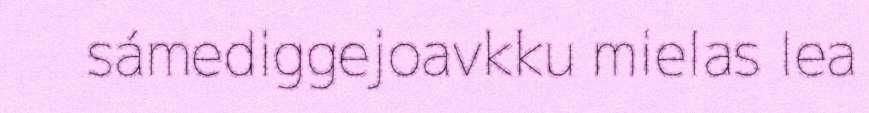
sámediggejoavkku mielas lea